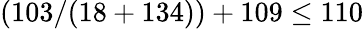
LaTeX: (103/(18+134))+109\leq 110